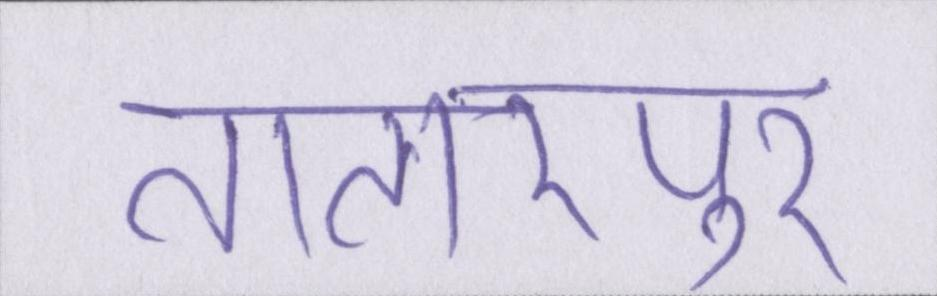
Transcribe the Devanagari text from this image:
तातारपुर